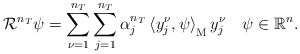
\begin{align*}\mathcal R^{n_T}\psi=\sum_{\nu=1}^{n_T}\sum_{j=1}^{n_T}\alpha_j^{n_T}\,{\langle y_j^\nu,\psi\rangle}_\mathrm M\,y_j^\nu\quad\psi\in\mathbb R^n.\end{align*}